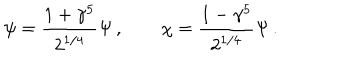
\psi = \frac { 1 + \gamma ^ { 5 } } { 2 ^ { 1 / 4 } } \Psi \, , \qquad \chi = \frac { 1 - \gamma ^ { 5 } } { 2 ^ { 1 / 4 } } \Psi \, .